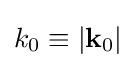
k_{0}\equiv \left|\mathbf {k} _{0}\right|